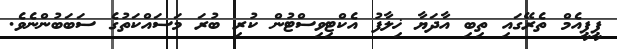
ޕީޕީއެމް ތެރޭގައި ތިބި އާދަޔާ ޚިލާފު އެކްޓިވިސްޓުން ކުރި ބުރަ މަސައްކަތުގެ ސަބަބުންނެވެ.